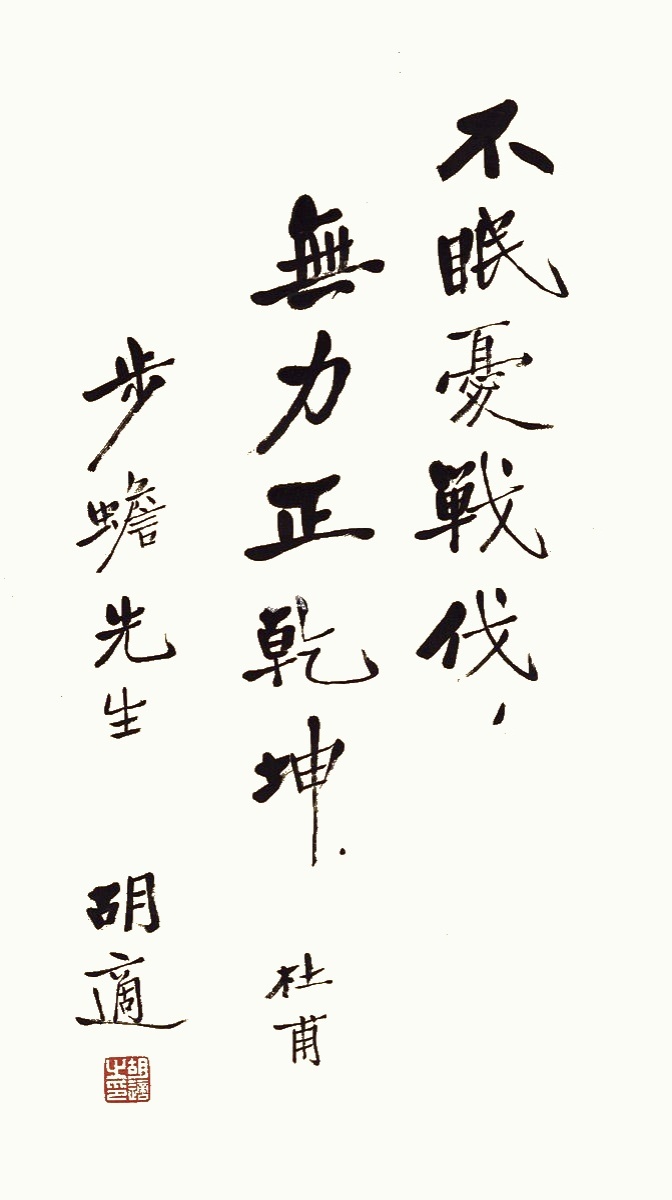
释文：不眠忧战伐，无力正乾坤。杜甫。步蟾先生，胡适。